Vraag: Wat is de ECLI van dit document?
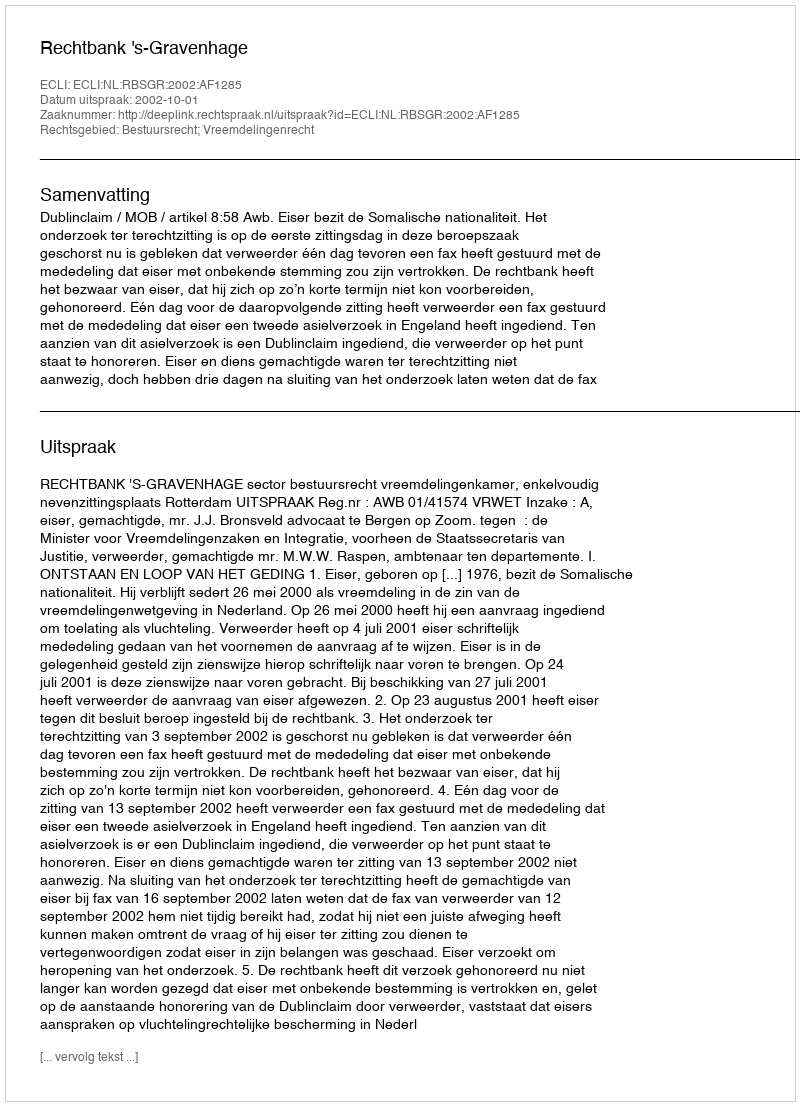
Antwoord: ECLI:NL:RBSGR:2002:AF1285